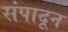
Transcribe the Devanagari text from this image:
संपादून